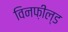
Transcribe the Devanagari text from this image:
विनफ़ील्ड